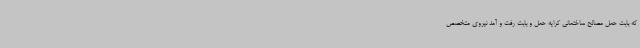
که بابت حمل مصالح ساختمانی کرایه حمل و بابت رفت و آمد نیروی متخصص